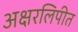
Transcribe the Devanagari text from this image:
अक्षरलिपीत